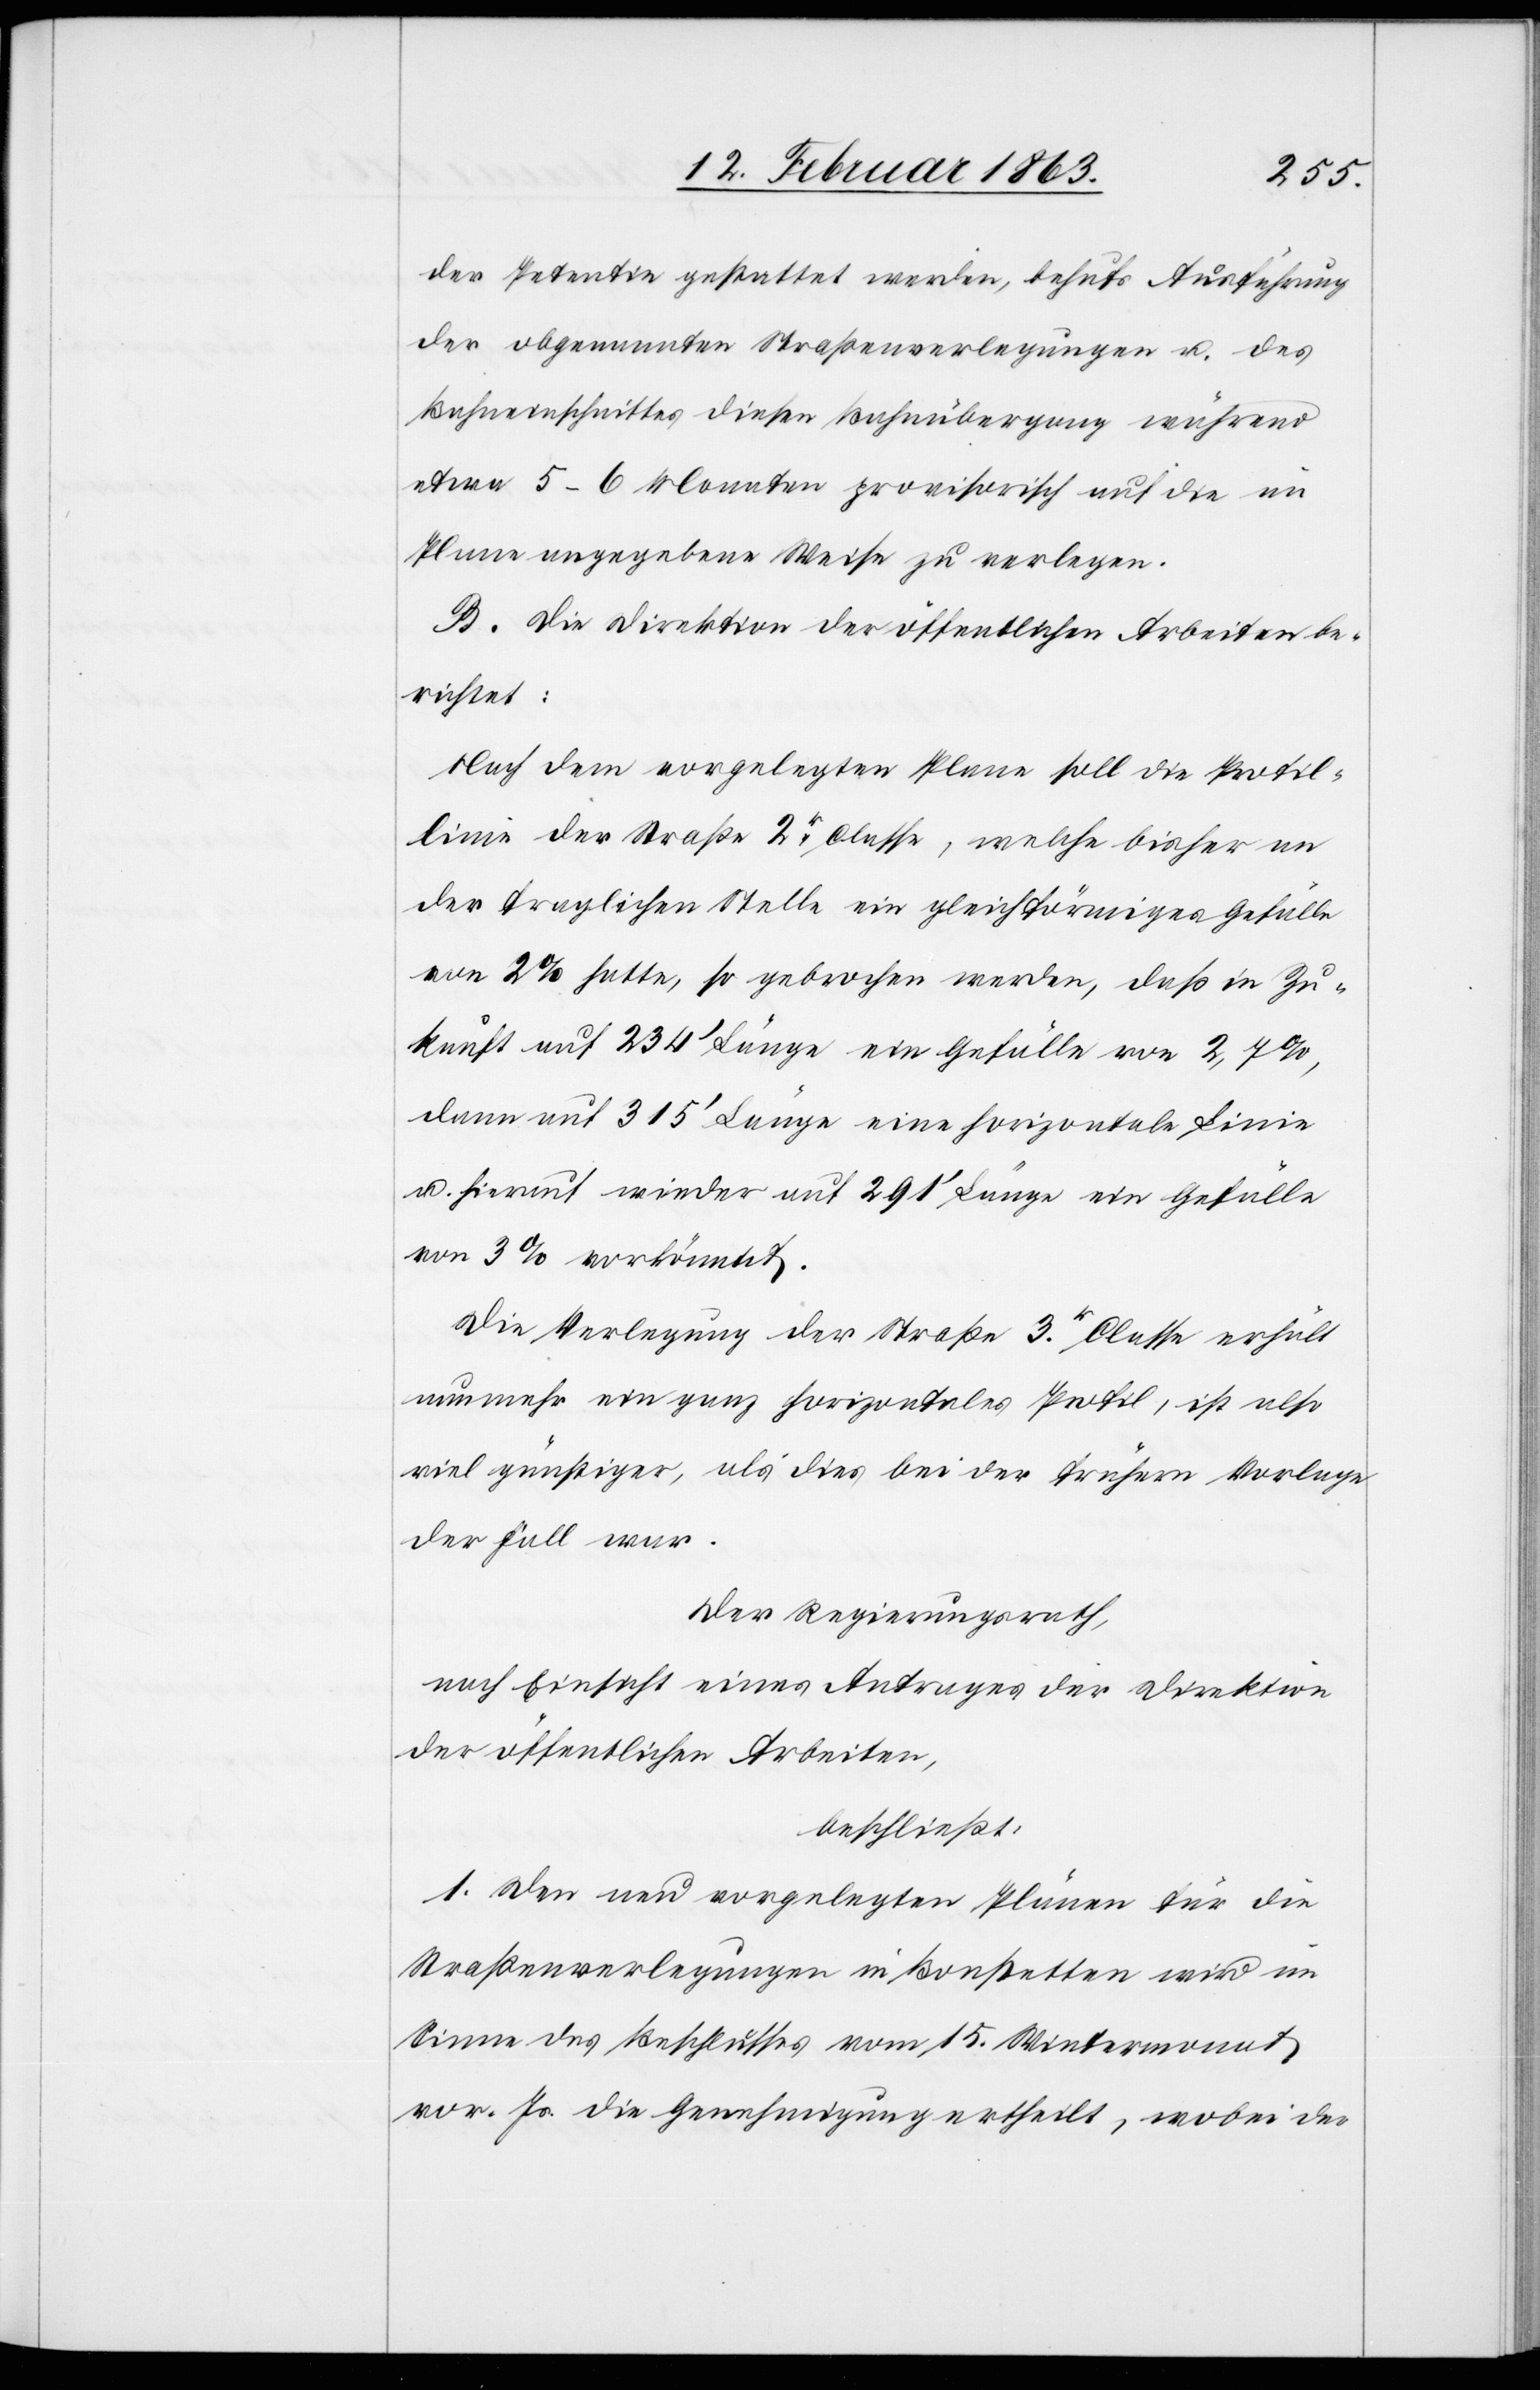
der Petentin gestattet werden, behufs Ausführung
der obgenannten Straßenverlegungen u. des
Bahneinschnittes diesen Bahnübergang während
etwa 5–6 Monaten provisorisch auf die im
Plane angegebene Weise zu verlegen.
B. Die Direktion der öffentlichen Arbeiten be¬
richtet:
Nach dem vorgelegten Plane soll die Profil¬
linie der Straße 2r Classe, welche bisher an
der fraglichen Stelle ein gleichförmiges Gefälle
von 2% hatte, so gebrochen werden, daß in Zu¬
kunft auf 234' Länge ein Gefälle von 2,7%,
dann auf 315' Länge eine horizontale Linie
u. hierauf wieder auf 291' Länge ein Gefälle
Die Verlegung der Straße 3r. Classe erhält
nunmehr ein ganz horizontales Profil, ist also
viel günstiger, als dies bei der frühern Vorlage
der Fall war.
Der Regierungsrath,
nach Einsicht eines Antrages der Direktion
der öffentlichen Arbeiten,
beschließt:
1. Den neu vorgelegten Plänen für die
Straßenverlegung in Bonstetten wird im
Sinne des Beschlusses vom 15. Wintermonat
vor. Js. die Genehmigung ertheilt, wobei der